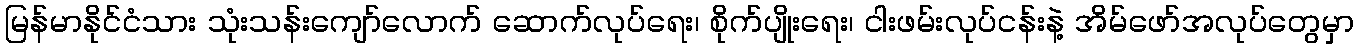
မြန်မာနိုင်ငံသား သုံးသန်းကျော်လောက် ဆောက်လုပ်ရေး၊ စိုက်ပျိုးရေး၊ ငါးဖမ်းလုပ်ငန်းနဲ့ အိမ်ဖော်အလုပ်တွေမှာ